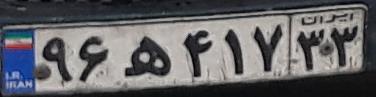
۹۶ه۴۱۷۳۳